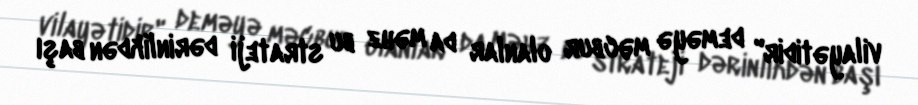
vilayətidir" deməyə məcbur olanlar da məhz bu strateji dərinlikdən başı